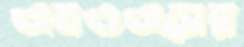
এমওএসের